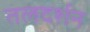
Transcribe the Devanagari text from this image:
तलदर्शन